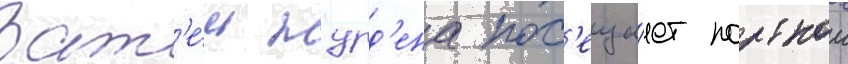
Зат'е́м журд'ена пос'еща́ет портнои